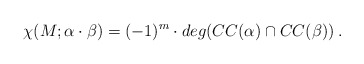
\begin{align*}\chi(M;\alpha\cdot \beta) = (-1)^m\cdot deg( CC(\alpha)\cap CC(\beta))\:.\end{align*}